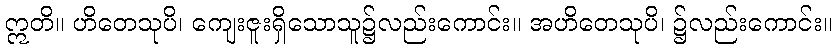
ဣတိ။ ဟိတေသုပိ၊ ကျေးဇူးရှိသောသူ၌လည်းကောင်း။ အဟိတေသုပိ၊ ၌လည်းကောင်း။